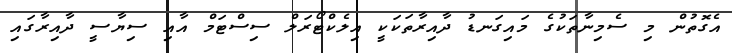
އެގޮތުން މި ސެމިނާތަކުގެ މައިގަނޑު ދާއިރާތަކަކީ އިލެކްޓޯރަލް ސިސްޓަމް އާއި ސިޔާސީ ދާއިރާގައި